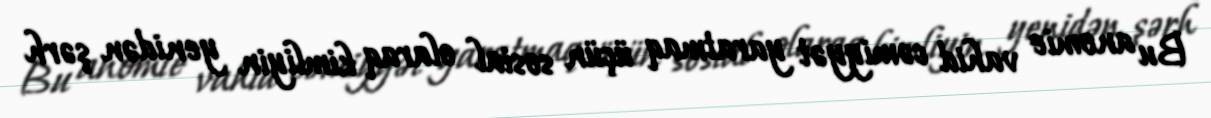
Bu anomie vahid cəmiyyət yaratmaq üçün sosial olaraq kimliyin yenidən şərh